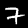
Label: 7